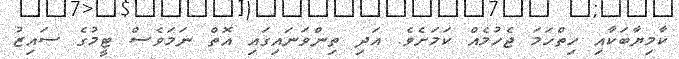
ކާމިޔާބަކާއި ހިތްހަމަ ޖެހުމެއް ކަމަށެވެ. އަދި ތިންވަނައިގައި އޮތް ނަމަވެސް ޓީމުގެ ސައިޒު